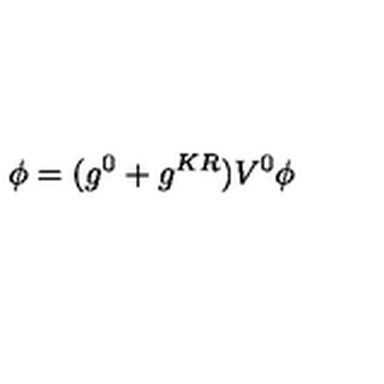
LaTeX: \phi = ( g ^ { 0 } + g ^ { K R } ) V ^ { 0 } \phi